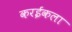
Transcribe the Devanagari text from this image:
करईकला